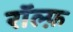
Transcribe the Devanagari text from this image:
रॉल्फ़